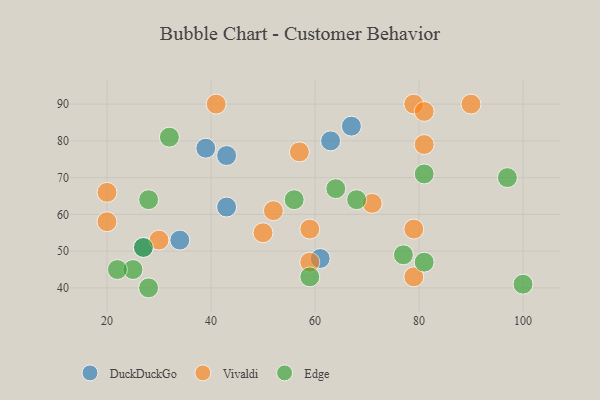
{"axis": {"x": "GDP", "y": "Life Expectancy"}, "legend": ["DuckDuckGo", "Edge", "Vivaldi"], "data": [{"x": "39", "y": 78, "type": "DuckDuckGo"}, {"x": "43", "y": 62, "type": "DuckDuckGo"}, {"x": "67", "y": 84, "type": "DuckDuckGo"}, {"x": "43", "y": 76, "type": "DuckDuckGo"}, {"x": "63", "y": 80, "type": "DuckDuckGo"}, {"x": "61", "y": 48, "type": "DuckDuckGo"}, {"x": "34", "y": 53, "type": "DuckDuckGo"}, {"x": "27", "y": 51, "type": "DuckDuckGo"}, {"x": "79", "y": 90, "type": "Vivaldi"}, {"x": "41", "y": 90, "type": "Vivaldi"}, {"x": "52", "y": 61, "type": "Vivaldi"}, {"x": "71", "y": 63, "type": "Vivaldi"}, {"x": "59", "y": 56, "type": "Vivaldi"}, {"x": "50", "y": 55, "type": "Vivaldi"}, {"x": "90", "y": 90, "type": "Vivaldi"}, {"x": "79", "y": 43, "type": "Vivaldi"}, {"x": "30", "y": 53, "type": "Vivaldi"}, {"x": "81", "y": 88, "type": "Vivaldi"}, {"x": "79", "y": 56, "type": "Vivaldi"}, {"x": "59", "y": 47, "type": "Vivaldi"}, {"x": "57", "y": 77, "type": "Vivaldi"}, {"x": "81", "y": 79, "type": "Vivaldi"}, {"x": "20", "y": 58, "type": "Vivaldi"}, {"x": "20", "y": 66, "type": "Vivaldi"}, {"x": "68", "y": 64, "type": "Edge"}, {"x": "28", "y": 40, "type": "Edge"}, {"x": "97", "y": 70, "type": "Edge"}, {"x": "77", "y": 49, "type": "Edge"}, {"x": "100", "y": 41, "type": "Edge"}, {"x": "27", "y": 51, "type": "Edge"}, {"x": "64", "y": 67, "type": "Edge"}, {"x": "28", "y": 64, "type": "Edge"}, {"x": "81", "y": 71, "type": "Edge"}, {"x": "25", "y": 45, "type": "Edge"}, {"x": "56", "y": 64, "type": "Edge"}, {"x": "59", "y": 43, "type": "Edge"}, {"x": "81", "y": 47, "type": "Edge"}, {"x": "22", "y": 45, "type": "Edge"}, {"x": "32", "y": 81, "type": "Edge"}]}